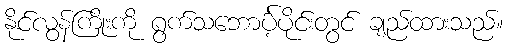
နိုင်လွန်ကြိုးကို ရွက်သဘောင်္ပဲ့ပိုင်းတွင် ချည်ထားသည်။